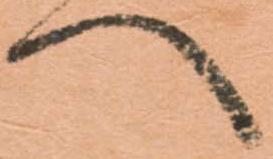
へ